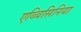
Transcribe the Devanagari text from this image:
एब्बिसिनिया